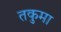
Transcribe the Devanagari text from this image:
तकुमा